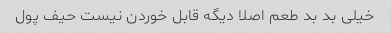
خیلی بد بد طعم اصلا دیگه قابل خوردن نیست حیف پول